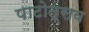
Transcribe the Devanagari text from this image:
पाटोत्सव